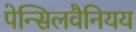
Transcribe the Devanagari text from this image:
पेन्सिलवैनियय